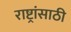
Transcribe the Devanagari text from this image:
राष्ट्रांसाठी